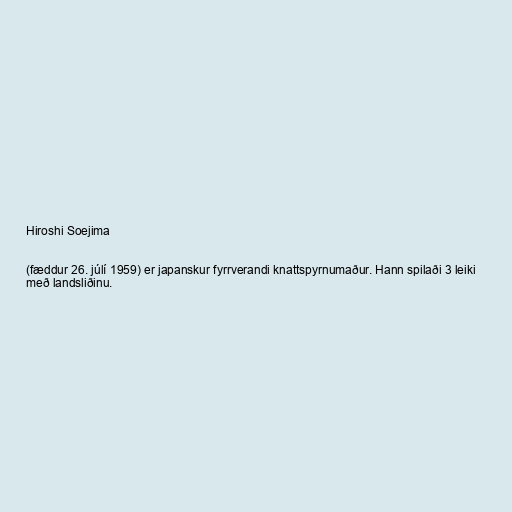
Hiroshi Soejima

(fæddur 26. júlí 1959) er japanskur fyrrverandi knattspyrnumaður. Hann spilaði 3 leiki
með landsliðinu.